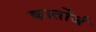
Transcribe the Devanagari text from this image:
कार्तोर्ज